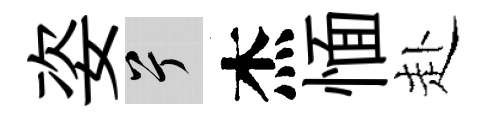
姿兮杰愐赴